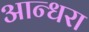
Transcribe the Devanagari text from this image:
आन्धरा